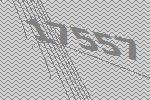
17557